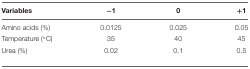
<table><thead><tr><td><b>Variables</b></td><td><b>-1</b></td><td><b>0</b></td><td><b>+1</b></td></tr></thead><tbody><tr><td>Amino acids (%)</td><td>0.0125</td><td>0.025</td><td>0.05</td></tr><tr><td>Temperature (°C)</td><td>35</td><td>40</td><td>45</td></tr><tr><td>Urea (%)</td><td>0.02</td><td>0.1</td><td>0.5</td></tr></tbody></table>